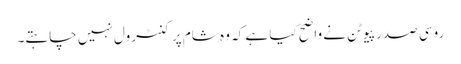
روسی صدر پیوٹن نے واضح کیا ہے کہ وہ شام پر کنٹرول نہیں چاہتے۔